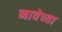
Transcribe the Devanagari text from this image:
नावेच्या